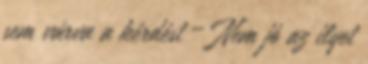
sem várva a kérdést – Nem jó az ilyet